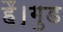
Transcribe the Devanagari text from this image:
हैं।गुड